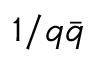
1 / q { \bar { q } }